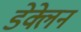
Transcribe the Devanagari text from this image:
डेक्लेन